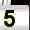
Digit: 5